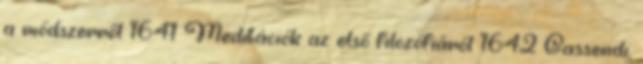
a módszerről 1641 Meditációk az első filozófiáról 1642 Gassendi,